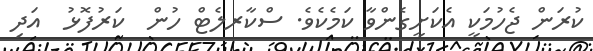
ކުރަން ޖެހުމަކީ އެކަށީގެންވާ ކަމެކެވެ. ސްކާރލެޓް ހުން  ކަރުފޮޅު  އަދި